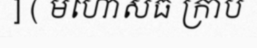
] ( មហោសធ ក្រាប